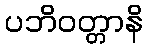
ပဘိဝတ္တာနိ